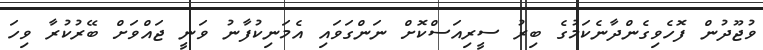
ވުޖޫދުން ފޮހެވިގެންދާނެކަމުގެ ބިރު ސީރިއަސްކޮށް ނަންގަވައި އެމަނިކުފާނު ވަނީ ޖައްވަށް ބޭރުކުރާ ވިހަ